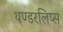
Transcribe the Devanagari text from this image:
थण्डरलिप्स